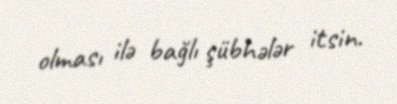
olması ilə bağlı şübhələr itsin.